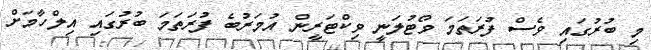
މި ބުރުގައި ވެސް ފުރަތަމަ ވޯޓުލަނީ ވިކްޓަރީން އުމަރުބެ ފުރަތަމަ ބުރުގައި އިލްހާމަށް